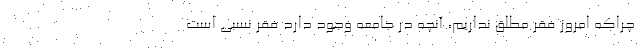
چراکه امروز فقر مطلق نداریم، آنچه در جامعه وجود دارد فقر نسبی است